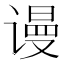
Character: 谩